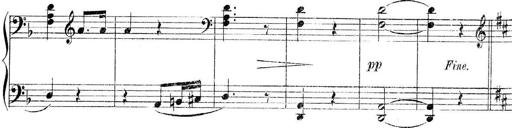
Title: 3 Piano Sonatinas
Composer: Paul Zilcher
Key: C major; G major; F major